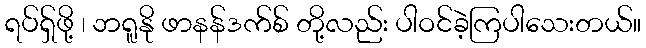
ရပ်ရှ်ဖို့ ၊ ဘရူနို ဖာနန်ဒက်စ် တို့လည်း ပါဝင်ခဲ့ကြပါသေးတယ်။